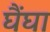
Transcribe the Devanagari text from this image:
घैंघा